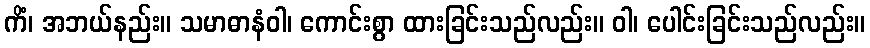
ကိံ၊ အဘယ်နည်း။ သမာဓာနံဝါ၊ ကောင်းစွာ ထားခြင်းသည်လည်း။ ဝါ၊ ပေါင်းခြင်းသည်လည်း။